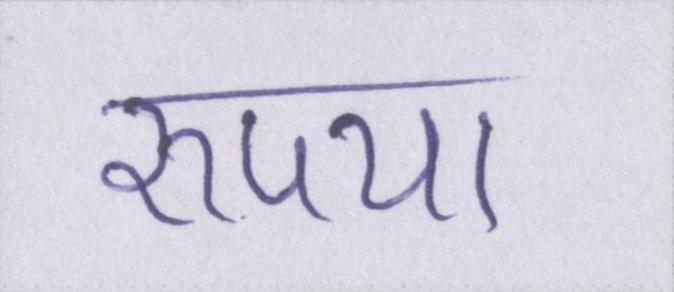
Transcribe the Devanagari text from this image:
रुपया